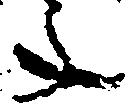
年